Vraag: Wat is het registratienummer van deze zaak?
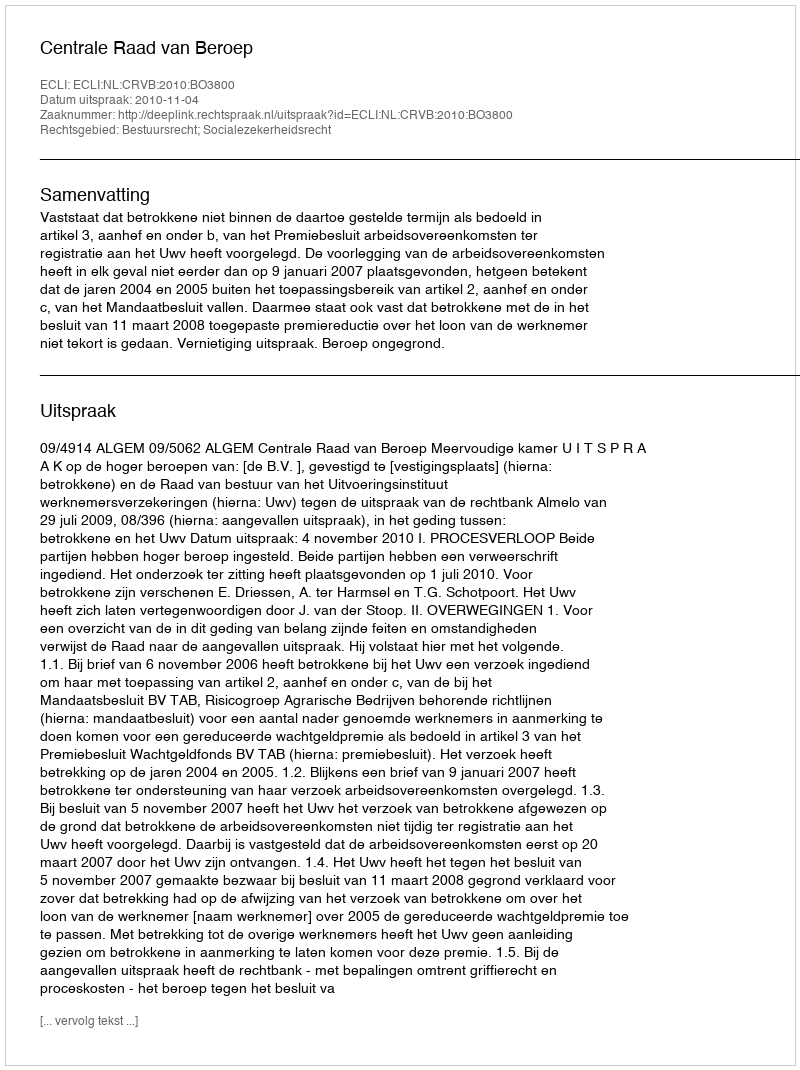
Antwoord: http://deeplink.rechtspraak.nl/uitspraak?id=ECLI:NL:CRVB:2010:BO3800